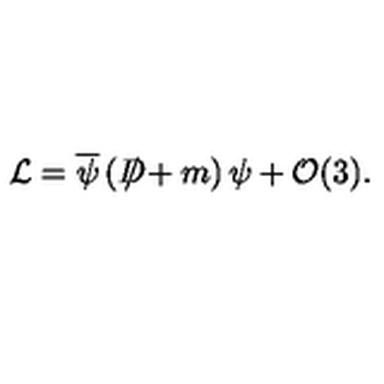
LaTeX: { \cal L } = \overline { { \psi } } \left( D \! \! \! \! \slash + m \right) \psi + { \cal O } ( 3 ) .